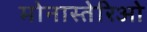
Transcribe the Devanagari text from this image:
मोनास्तेरिओ